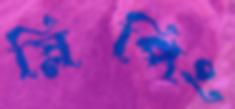
স্লিপিং